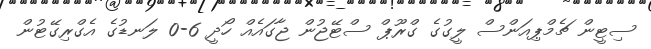
ސިޓީން ޗެމްޕިއަންސް ލީގުގެ ގްރޫޕް ސްޓޭޖުން ޖާގައެއް ހޯދީ 6-0 ލަނޑުގެ އެގްރިގޭޓުން